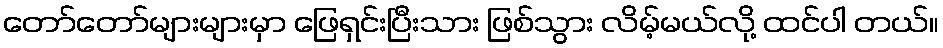
တော်တော်များများမှာ ဖြေရှင်းပြီးသား ဖြစ်သွား လိမ့်မယ်လို့ ထင်ပါ တယ်။